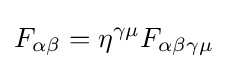
F_{\alpha \beta }=\eta ^{\gamma \mu }F_{\alpha \beta \gamma \mu }